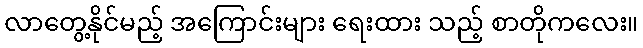
လာတွေ့နိုင်မည့် အကြောင်းများ ရေးထား သည့် စာတိုကလေး။